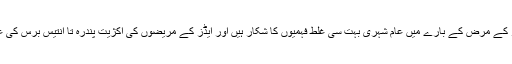
اسی لئے اس ملک میں ایڈز کے مرض کے بارے میں عام شہری بہت سی غلط فہمیوں کا شکار ہیں اور ایڈز کے مریضوں کی اکژیت پندرہ تا انتیس برس کی عمر کے نوجوانوں کی ہے۔